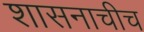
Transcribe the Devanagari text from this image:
शासनाचीच